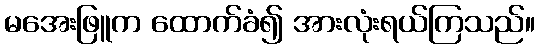
မအေးဖြူက ထောက်ခံ၍ အားလုံးရယ်ကြသည်။